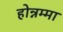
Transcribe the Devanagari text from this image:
होन्नम्मा